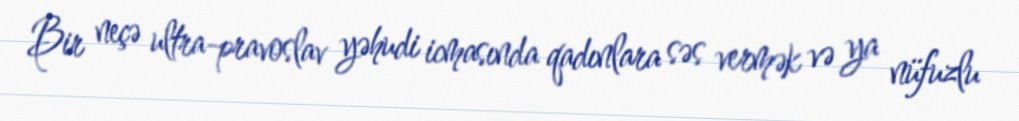
Bir neçə ultra-pravoslav yəhudi icmasında qadınlara səs vermək və ya nüfuzlu